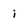
Character: i